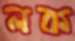
লক